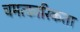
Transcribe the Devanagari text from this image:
चमत्कारिकता